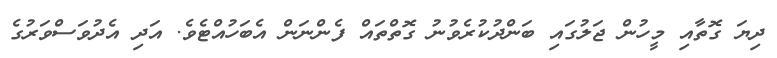
ދިޔަ ގޮތާއި މީހުން ޖަލުގައި ބަންދުކުރެވުނު ގޮތްތައް ފެންނަން އެބަހުއްޓެވެ. އަދި އެދުވަސްވަރުގެ